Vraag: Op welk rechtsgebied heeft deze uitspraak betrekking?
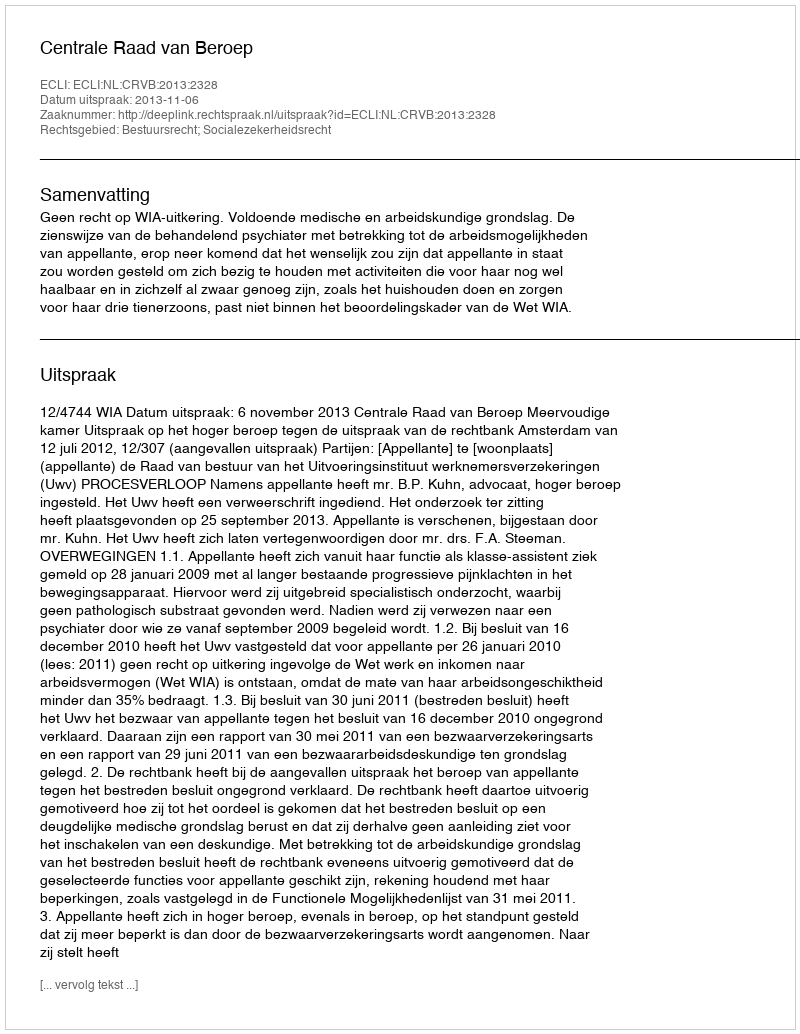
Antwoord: Bestuursrecht; Socialezekerheidsrecht